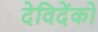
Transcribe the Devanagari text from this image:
देविदेंको